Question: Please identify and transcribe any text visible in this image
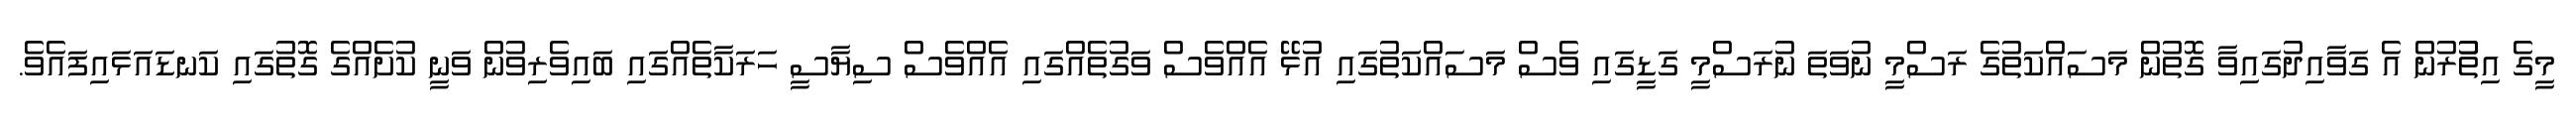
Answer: މީގެ އިތުުރުން އެ ގަވާއިދުގައިވާ ގޮތުން މަސައްކަތުގެ ރަސްމީ ނުވަތަ ނުރަސްމީ ގަޑީގައި ވެސް މަސައްކަތުގައި އުޅޭ އެއްވެސް ވަގުތެއްގައި އެއްވެސް ސިޔާސީ ހަރަކާތެއްގައި ބައިވެރިވުން ވަނީ ކުށެއްގެ ގޮތުގައި ކަނޑައަޅައިފައެވެ.